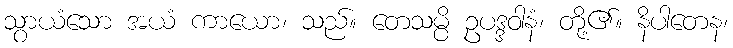
သွာယံသော အယံ ကာယော၊ သည်။ တေသမ္ပိ ဥပဒ္ဒဝါနံ၊ တို့၏။ နိပါတေန၊